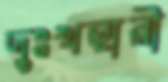
দুঃখহারী